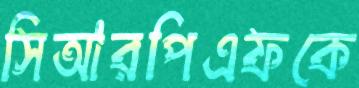
সিআরপিএফকে